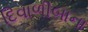
દિવાળીબાના